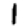
Digit: 1